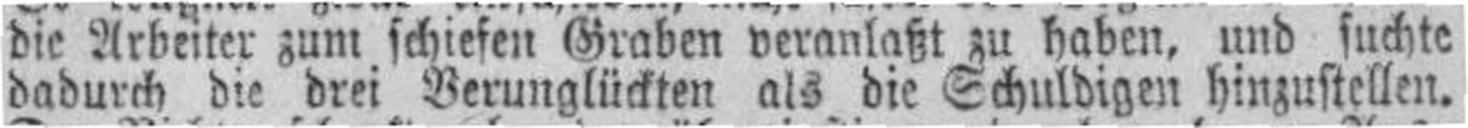
dadurch die drei Verunglückten als die Schuldigen hinzustellen.